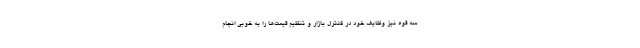
سه قوه نیز وظایف خود در کنترل بازار و تنظیم قیمت‌ها را به خوبی انجام